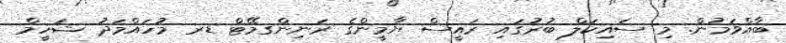
ބާއްވަމުން. މި ސައިކަލް ބުރުގައި ރައީސް ޔާމީންގެ ރަނިންގމޭޓް ޑރ މުހައްމަދު ޝަހީމް